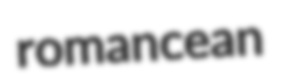
romancean